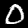
Label: 0